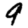
Digit: 9